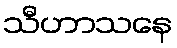
သီဟာသနေ